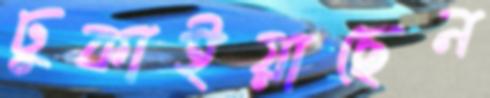
ঢুকাইয়াছেন